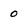
Character: 0